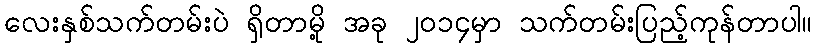
လေးနှစ်သက်တမ်းပဲ ရှိတာမို့ အခု ၂၀၁၄မှာ သက်တမ်းပြည့်ကုန်တာပါ။